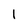
Character: l